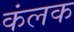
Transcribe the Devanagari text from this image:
कंलक